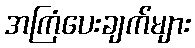
အကြံပေးချက်များ